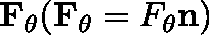
\mathbf { F _ { \theta } } ( \mathbf { F _ { \theta } } = F _ { \theta } \mathbf { n } )